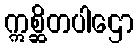
ဣစ္ဆိတပါဌော